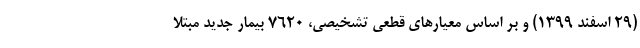
(۲۹ اسفند ۱۳۹۹) و بر اساس معیارهای قطعی تشخیصی، ۷۶۲۰ بیمار جدید مبتلا